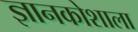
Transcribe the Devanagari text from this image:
ज्ञानकोशाला